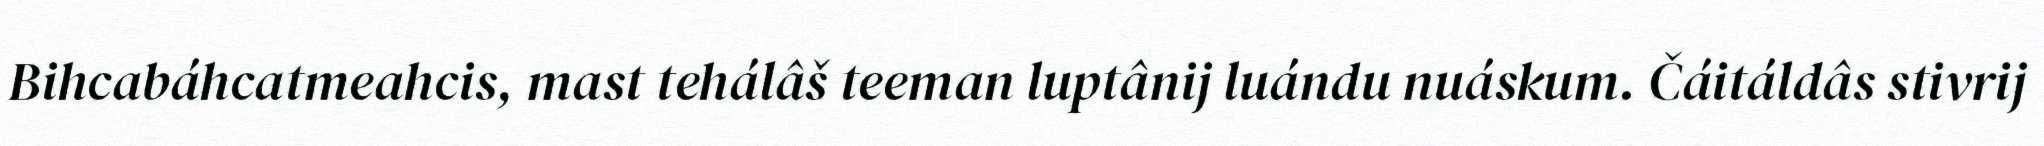
Bihcabáhcatmeahcis, mast tehálâš teeman luptânij luándu nuáskum. Čáitáldâs stivrij